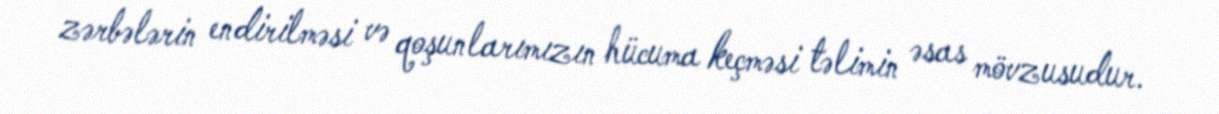
zərbələrin endirilməsi və qoşunlarımızın hücuma keçməsi təlimin əsas mövzusudur.